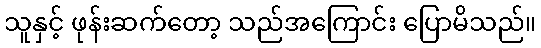
သူနှင့် ဖုန်းဆက်တော့ သည်အကြောင်း ပြောမိသည်။